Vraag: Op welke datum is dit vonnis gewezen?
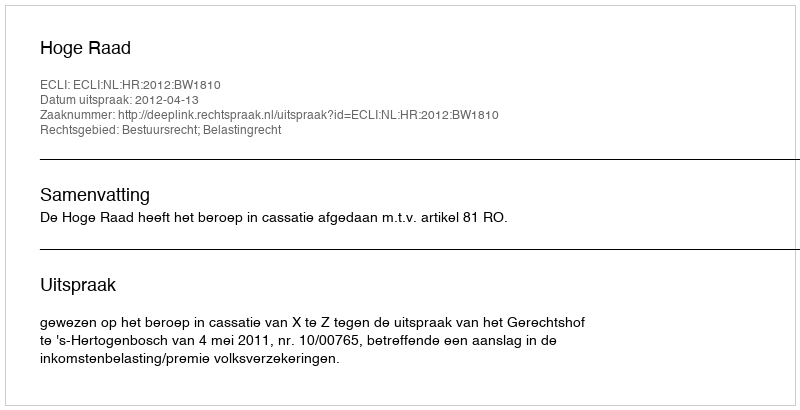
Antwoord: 2012-04-13